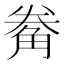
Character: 觠